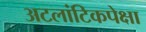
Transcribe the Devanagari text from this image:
अटलांटिकपेक्षा